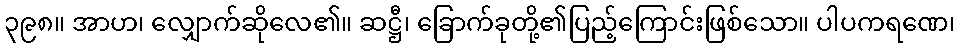
၃၉၈။ အာဟ၊ လျှောက်ဆိုလေ၏။ ဆဋ္ဌီ၊ ခြောက်ခုတို့၏ပြည့်ကြောင်းဖြစ်သော။ ပါပကရဏေ၊